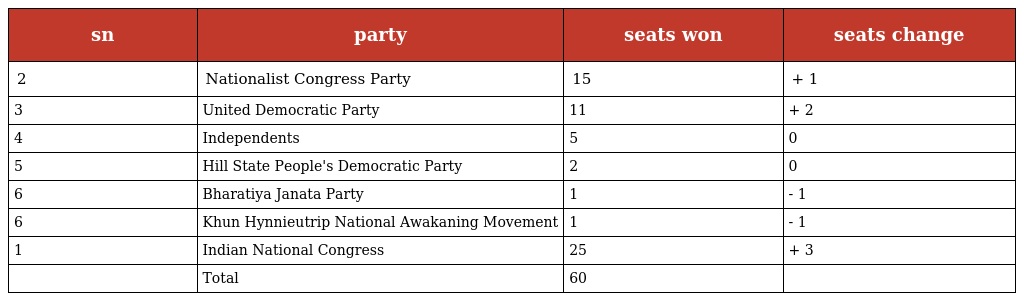
| sn | party | seats won | seats change |
 | --- | --- | --- | --- |
 | 2 | Nationalist Congress Party | 15 | + 1 |
 | 3 | United Democratic Party | 11 | + 2 |
 | 4 | Independents | 5 | 0 |
 | 5 | Hill State People's Democratic Party | 2 | 0 |
 | 6 | Bharatiya Janata Party | 1 | - 1 |
 | 6 | Khun Hynnieutrip National Awakaning Movement | 1 | - 1 |
 | 1 | Indian National Congress | 25 | + 3 |
 |  | Total | 60 |  |